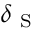
\delta _ { \mathrm { ~ S ~ } }